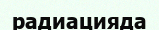
радиацияда